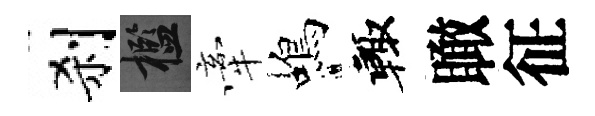
刹檻牽蝎輙瞰征